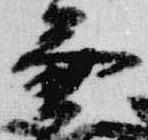
兼